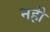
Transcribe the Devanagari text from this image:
नह़ी